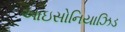
આઇસોનિયાઝિડ